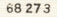
68273